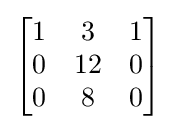
{\begin{bmatrix}1&3&1\\0&12&0\\0&8&0\end{bmatrix}}